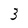
Character: 3